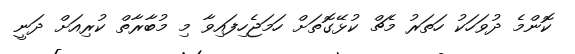
ކޮންމެ ދުވަހަކު ހަތަރު މެޗް ކުޅޭގޮތަށް ހަމަޖެހިފައިވާ މި މުބާރާތް ކުރިއަށް ދަނީ